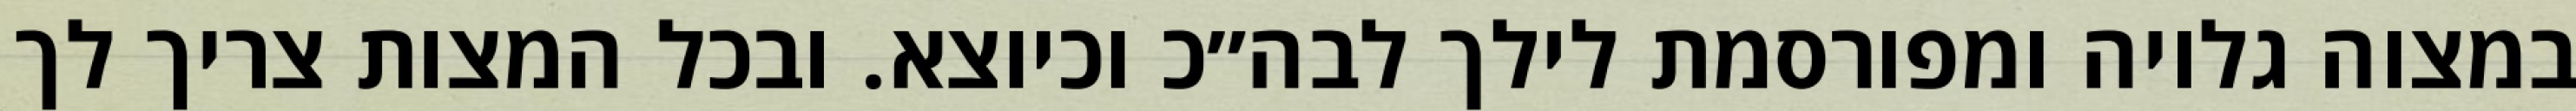
במצוה גלויה ומפורסמת לילך לבה״כ וכיוצא. ובכל המצות צריך לך